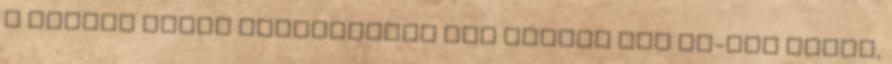
a Jooble által hitelesítve van Töltse fel CV-jét Tudta,